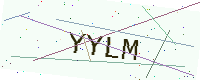
Text: YYLM